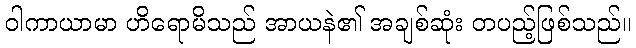
ဝါကာယာမာ ဟိရောမိသည် အာယနဲ၏ အချစ်ဆုံး တပည့်ဖြစ်သည်။